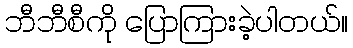
ဘီဘီစီကို ပြောကြားခဲ့ပါတယ်။